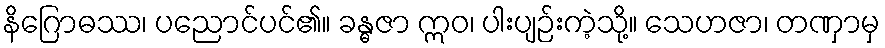
နိဂြောဓဿ၊ ပညောင်ပင်၏။ ခန္ဓဇာ ဣဝ၊ ပါးပျဉ်းကဲ့သို့။ သေဟဇာ၊ တဏှာမှ